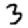
Digit: 3